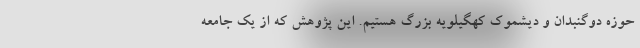
حوزه دوگنبدان و دیشموک کهگیلویه بزرگ هستیم. این پژوهش که از یک جامعه